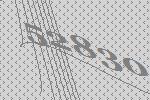
52830